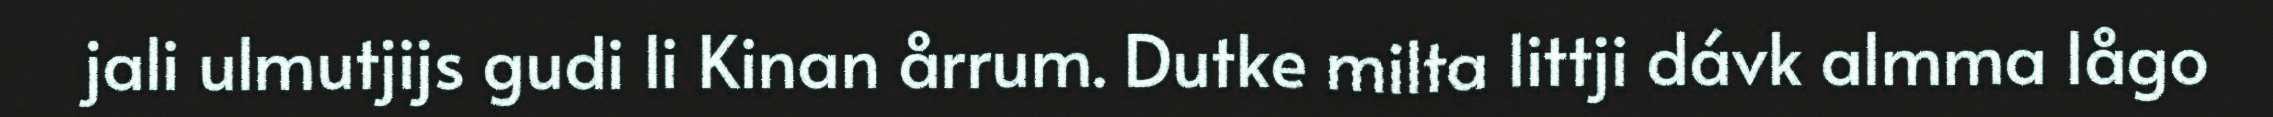
jali ulmutjijs gudi li Kinan årrum. Dutke milta littji dávk almma lågo